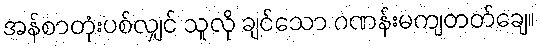
အန်စာတုံးပစ်လျှင် သူလို ချင်သော ဂဏန်းမကျတတ်ချေ။